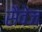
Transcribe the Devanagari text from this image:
सैवेज़